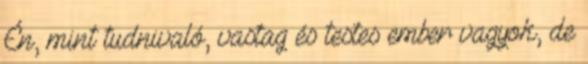
Én, mint tudnivaló, vastag és testes ember vagyok, de